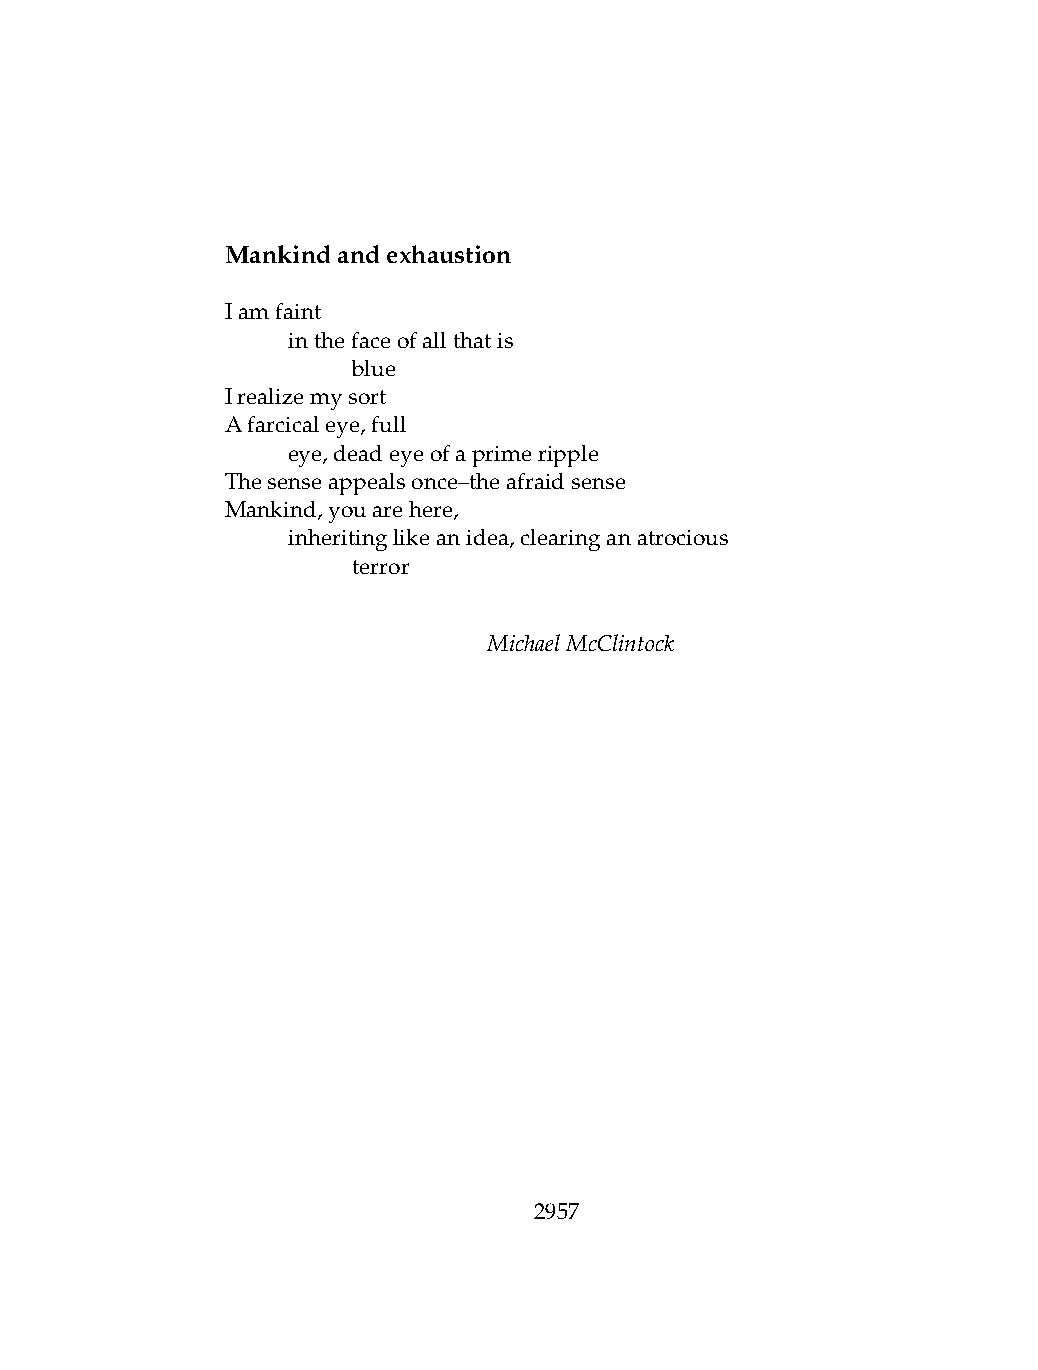
Mankindandexhaustion
 Iamfaint
 .   inthefaceofallthatis
 .   .   blue
 Irealizemysort
 Afarcicaleye,full
 .   eye,deadeyeofaprimeripple
 Thesenseappealsonce–theafraidsense
 Mankind,youarehere,
 .   inheritinglikeanidea,clearinganatrocious
 .   .   terror
 MichaelMcClintock
 2957